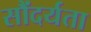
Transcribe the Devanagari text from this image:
सौंदर्यता